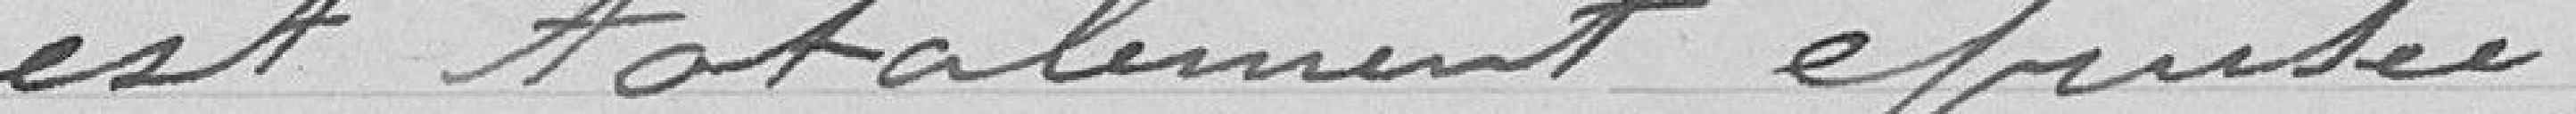
est totalement épuisée.